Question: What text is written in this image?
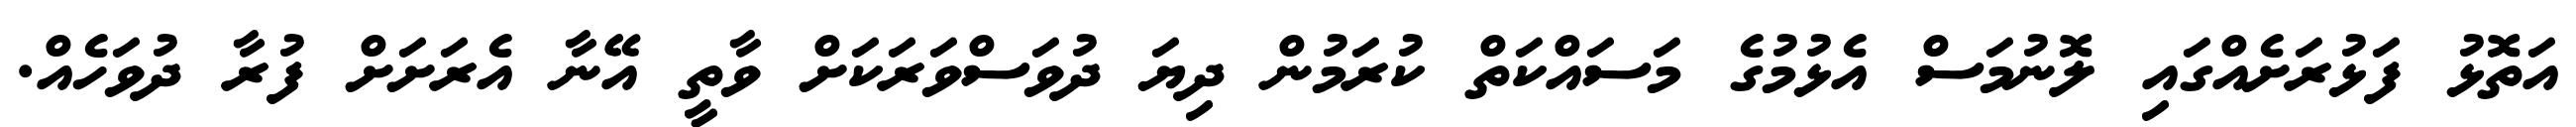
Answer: އަތޮޅު ފަޅުރަށެއްގައި ލޮނުމަސް އެޅުމުގެ މަސައްކަތް ކުރަމުން ދިޔަ ދުވަސްވަރަކަށް ވާތީ އޭނާ އެރަށަށް ފުރާ ދުވަހެއް.